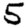
Digit: 5